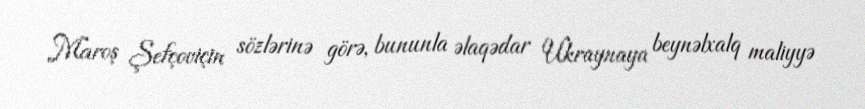
Maroş Şefçoviçin sözlərinə görə, bununla əlaqədar Ukraynaya beynəlxalq maliyyə